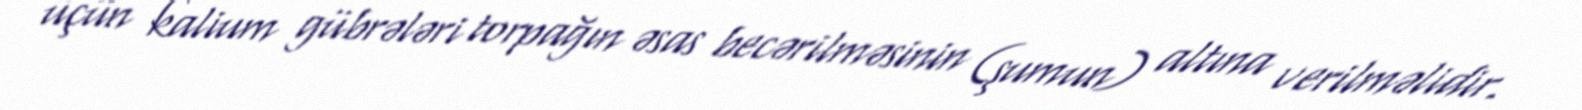
üçün kalium gübrələri torpağın əsas becərilməsinin (şumun) altına verilməlidir.